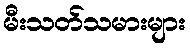
မီးသတ်သမားများ